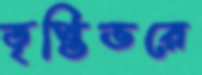
তৃপ্তিভরে